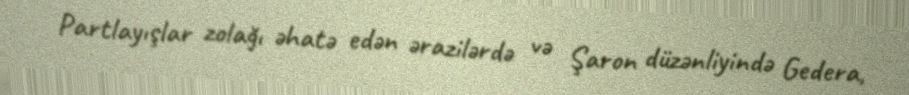
Partlayışlar zolağı əhatə edən ərazilərdə və Şaron düzənliyində Gedera,